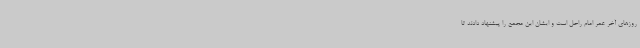
روزهای آخر عمر امام راحل است و ایشان این مجمع را پیشنهاد دادند تا